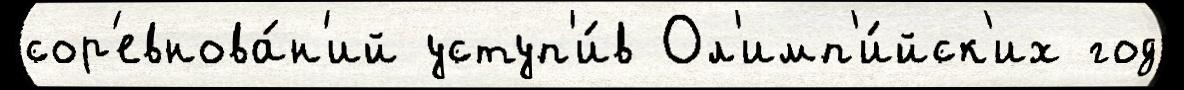
сор'евнова́н'ий уступ'и́в Ол'имп'и́йск'их год